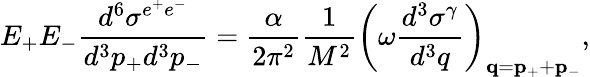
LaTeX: E_{+}E_{-}\frac{d^{6}\sigma^{e^{+}e^{-}}}{d^{3}p_{+}d^{3}p_{-}}=\frac{\alpha}{2\pi^{2}}\frac{1}{M^{2}}\left(\omega\frac{d^{3}\sigma^{\gamma}}{d^{3}q}\right)_{{\mathbf q}={\mathbf p}_{+}+{\mathbf p}_{-}},